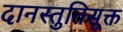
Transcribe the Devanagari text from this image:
दानस्तुतिसूक्त